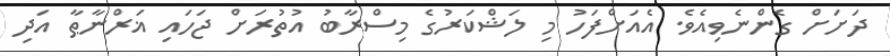
ދަށަށް ގެންނެވިއެވެ. އެއަށްފަހު މި ލަޝްކަރުގެ މިސްރާބު އުތުރަށް ޖަހައި ޣަރްނާޠާ އަދި